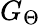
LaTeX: G_{\Theta}